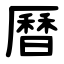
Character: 曆